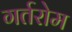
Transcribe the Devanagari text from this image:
गर्तरोम